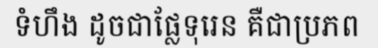
ទំហឹង ដូចជាផ្លែទុរេន គឺជាប្រភព